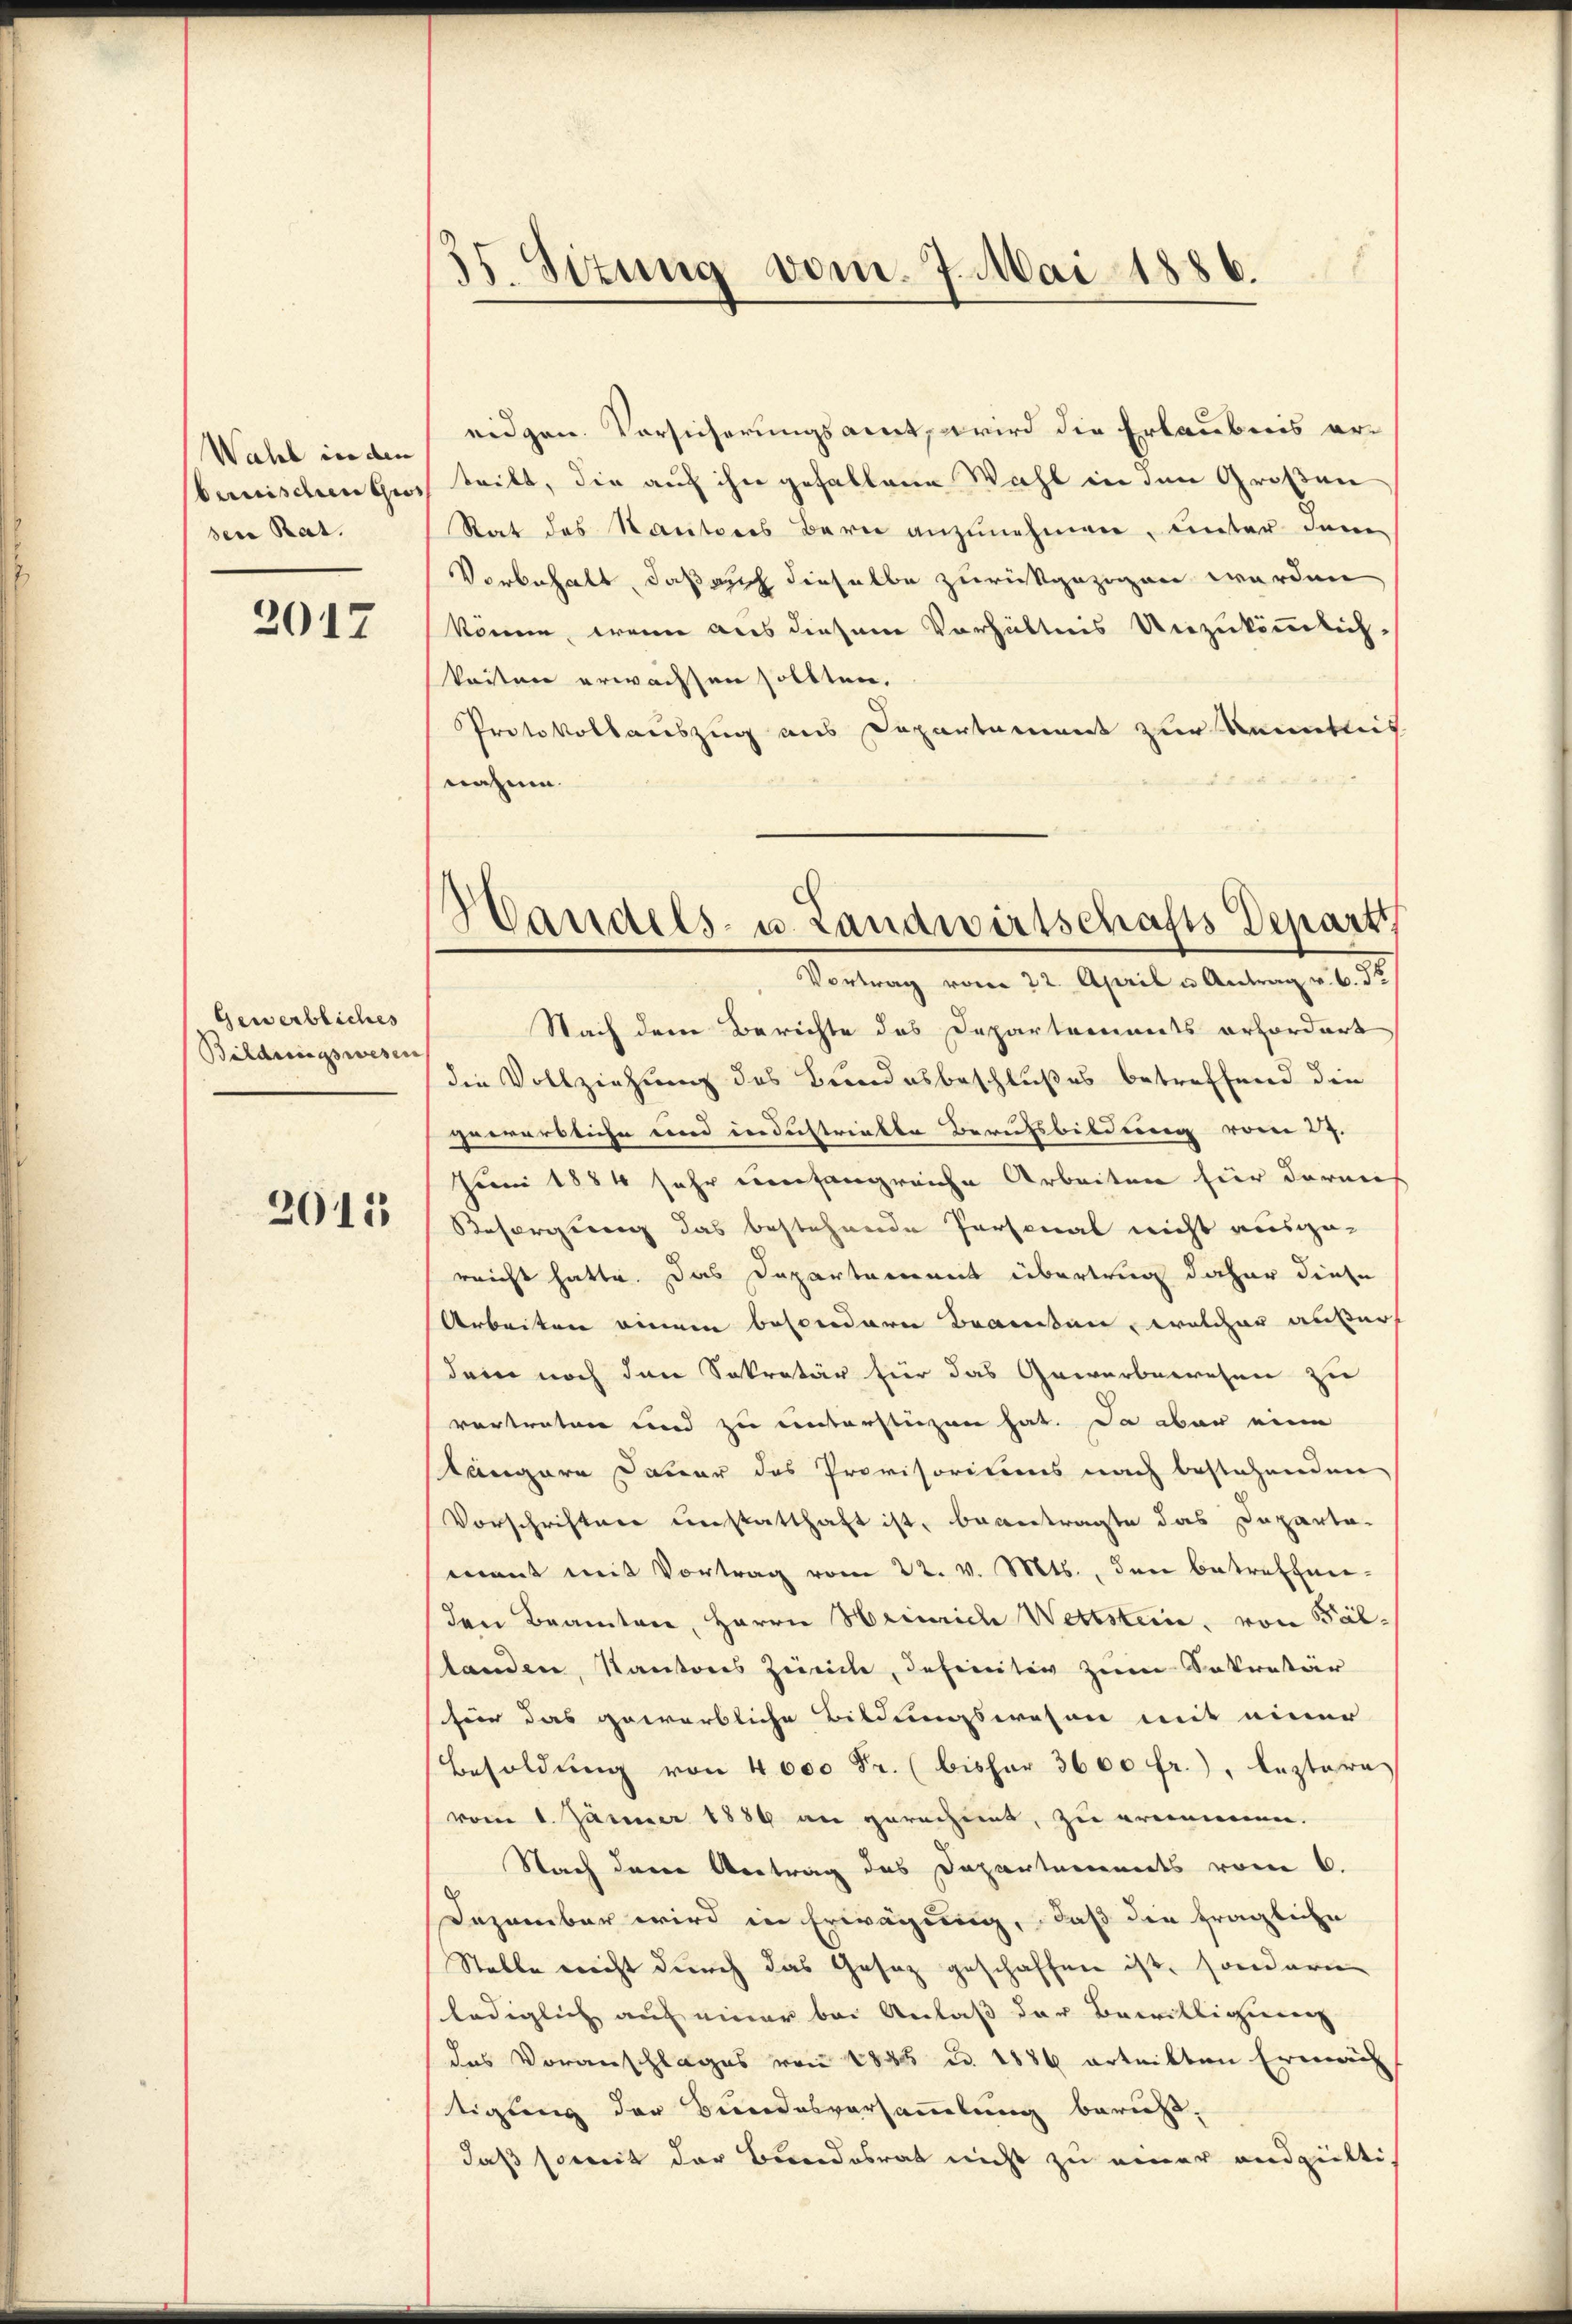
Wahl in den
bernischen Ges
ser Rat.

2012

Gen erbliches
Bildungswesen

2015

15. Situng vom 7. Mai 1886.

eidgen. Vorsicherungsamt, wird die Erlaubnis ertritt, die auf ihn gefallene Wahl in den Großen
Stat des Kantons Bern anzŭnehmen, unter dem
Vorbehalt, daß auch dieselbe zurückgezogen werden
könne, wenn aus diesem Verhältnis Unzukömmlich-
keiten erwachsen sollten.
Protokollauszug aus Departament zur Kenntnis
nahme.

¬
Wandels- u. Landwirtschafts Departi
Vortrag vom 22. April u. Antrag v. 6. d

Nach dem Berichte des Departements erfordert
die Vollziehung des Bundesbeschlußes betreffend die
gewarbliche und industrialte Berufsbildung vom 27.
Juni 1884 sehr umfangreiche Arbeiten für daran
Besorgung das bestehende Personal nicht ausge-
reicht hatte. Das Departement übertrag daher diese
Arbeiten einem besondere Brauten, welcher äußer
dem noch den Sekretär für das Gewerbewesen zu
vertreten und zu einterstiegen hat. Da aber eine
längere Dauer des Provisoriums nach bestehenden
Vorschriften unstatthaft ist, beantragte das Departa-
mant mit Vortrag vom 22. v. Mts., den betreffen-
den Beamten, Herrn Heinrich Wettstein, von Fällanden, Kantons Zürich, definitiv zum Sekretär
für das gewerbliche Bildungswesen mit einer
Besoldung von 4000 Fr. (bisher 3600 fr.), leztere
vom 1. Jänner 1889 an gerechnet, zu ernennen.
Nach deren Antrag des Departements vom 6.
Dezember wird in Erwägung, daß die fragliche
Stelle nicht durch das Gesetz geschaffen ist, sondern
lediglich auf einer bei Anlaß der Bewilligung
das Voranschlages von 1885 u. 1886 erteilten Erweich
tigung der Bundesversammlung beruht.
daß somit der Bundesrat nicht zu einer endgülti